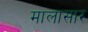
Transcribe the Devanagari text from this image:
मालासार